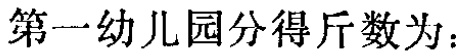
第一幼儿园分得斤数为：